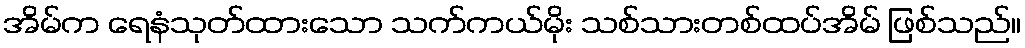
အိမ်က ရေနံသုတ်ထားသော သက်ကယ်မိုး သစ်သားတစ်ထပ်အိမ် ဖြစ်သည်။